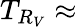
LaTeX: T_{R_{V}}\approx